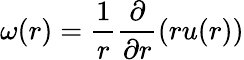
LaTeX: \omega(r)=\frac{1}{r}\frac{\partial}{\partial r}\left(ru(r)\right)